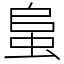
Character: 蛗